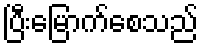
ပြီးမြောက်စေသည်